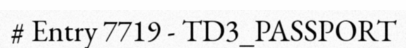
# Entry 7719 - TD3_PASSPORT